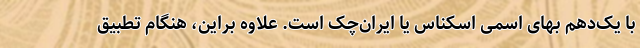
با یک‌دهم بهای اسمی اسکناس یا ایران‌چک است. علاوه براین، هنگام تطبیق